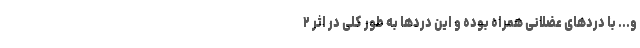
و... با درد‌های عضلانی همراه بوده و این دردها به طور کلی در اثر ۲